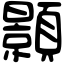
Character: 顥